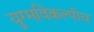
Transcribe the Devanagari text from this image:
युग्मविकल्पीय